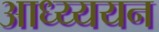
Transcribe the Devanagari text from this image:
आध्य्ययन